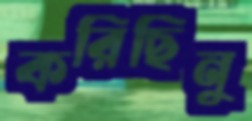
করিছিনু